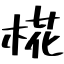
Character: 椛